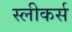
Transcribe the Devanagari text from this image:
स्लीकर्स